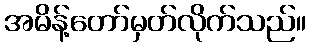
အမိန့်တော်မှတ်လိုက်သည်။